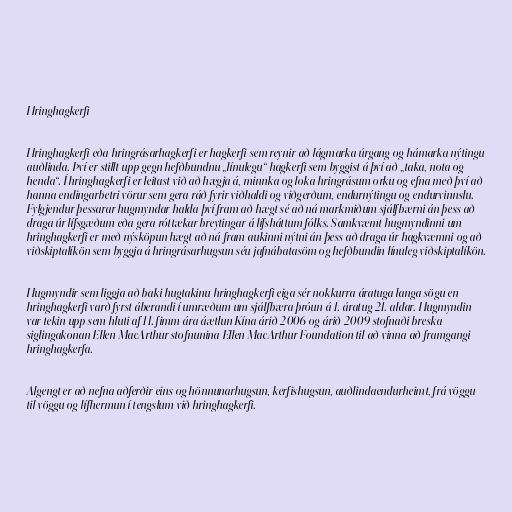
Hringhagkerfi

Hringhagkerfi eða hringrásarhagkerfi er hagkerfi sem reynir að lágmarka úrgang og hámarka nýtingu
auðlinda. Því er stillt upp gegn hefðbundnu „línulegu“ hagkerfi sem byggist á því að „taka, nota og
henda“. Í hringhagkerfi er leitast við að hægja á, minnka og loka hringrásum orku og efna með því að
hanna endingarbetri vörur sem gera ráð fyrir viðhaldi og viðgerðum, endurnýtingu og endurvinnslu.
Fylgjendur þessarar hugmyndar halda því fram að hægt sé að ná markmiðum sjálfbærni án þess að
draga úr lífsgæðum eða gera róttækar breytingar á lífsháttum fólks. Samkvæmt hugmyndinni um
hringhagkerfi er með nýsköpun hægt að ná fram aukinni nýtni án þess að draga úr hagkvæmni og að
viðskiptalíkön sem byggja á hringrásarhugsun séu jafnábatasöm og hefðbundin línuleg viðskiptalíkön.

Hugmyndir sem liggja að baki hugtakinu hringhagkerfi eiga sér nokkurra áratuga langa sögu en
hringhagkerfi varð fyrst áberandi í umræðum um sjálfbæra þróun á 1. áratug 21. aldar. Hugmyndin
var tekin upp sem hluti af 11. fimm ára áætlun Kína árið 2006 og árið 2009 stofnaði breska
siglingakonan Ellen MacArthur stofnunina Ellen MacArthur Foundation til að vinna að framgangi
hringhagkerfa.

Algengt er að nefna aðferðir eins og hönnunarhugsun, kerfishugsun, auðlindaendurheimt, frá vöggu
til vöggu og lífhermun í tengslum við hringhagkerfi.